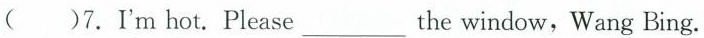
( )7.I'mhot.Please___the window, Wang Bing.